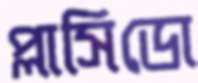
প্লাসিডো